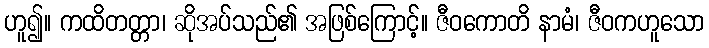
ဟူ၍။ ကထိတတ္တာ၊ ဆိုအပ်သည်၏ အဖြစ်ကြောင့်။ ဇီဝကောတိ နာမံ၊ ဇီဝကဟူသော